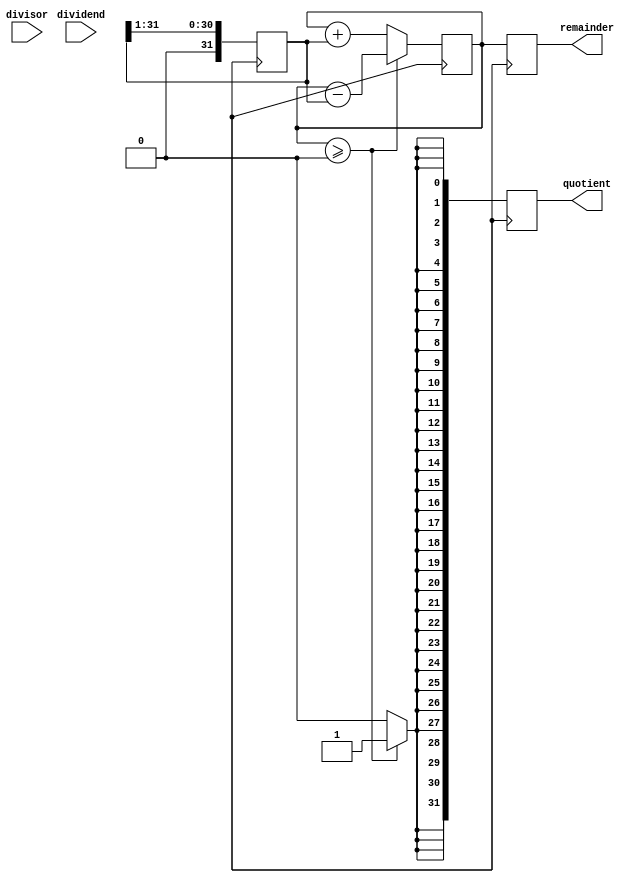
module radix2_srt_divider(
  input wire signed [31:0] dividend,
  input wire signed [31:0] divisor,
  output reg signed [31:0] quotient,
  output reg signed [31:0] remainder
);

integer i;
reg signed [31:0] partial_remainder;
reg signed [31:0] shifted_divisor;

always @(posedge clk) begin
  partial_remainder <= dividend;
  shifted_divisor <= divisor;

  for (i = 0; i < 32; i = i + 1) begin
    if (partial_remainder >= 0) begin
      partial_remainder <= partial_remainder - shifted_divisor;
      quotient[i] <= 1;
    end else begin
      partial_remainder <= partial_remainder + shifted_divisor;
      quotient[i] <= 0;
    end
    shifted_divisor <= shifted_divisor >> 1;
  end

  remainder <= partial_remainder;
end

endmodule